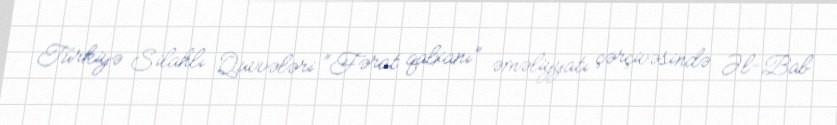
Türkiyə Silahlı Qüvvələri “Fərat qalxanı” əməliyyatı çərçivəsində Əl-Bab